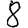
Digit: 8